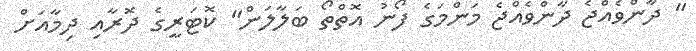
" ދާންވެއްޖެ ދާންވެއްޖެ މަންމަގެ ފޯނު އޮތްތޯ ބަލާލަން" ކޮޓަރީގެ ދޮރާއި ދިމާއަށް